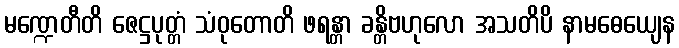
မဏ္ဍေတီတိ ဇေဋ္ဌပုတ္တံ သံဝုတောတိ ဖရန္တာ ခန္တိဗဟုလော အသတိပိ နာမဓေယျေန